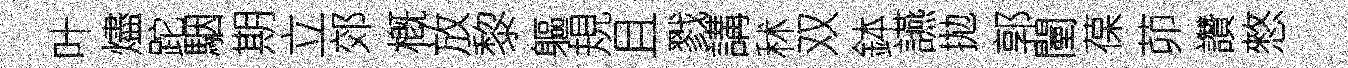
叶燼跎駰期立郊槪放黎軀規且戮講秫双鉢讌拋郭闉葆茆讚憗